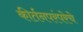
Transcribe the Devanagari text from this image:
कीर्तनपरंपरेचे